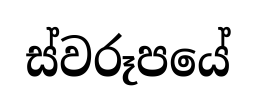
ස්වරූපයේ